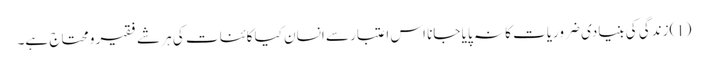
(1)زندگی کی بنیادی ضروریات کا نہ پایا جانا اس اعتبار سے انسان کیا کائنات کی ہر شے فقیر و محتاج ہے۔